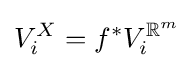
V_{i}^{X}=f^{*}V_{i}^{\mathbb {R} ^{m}}